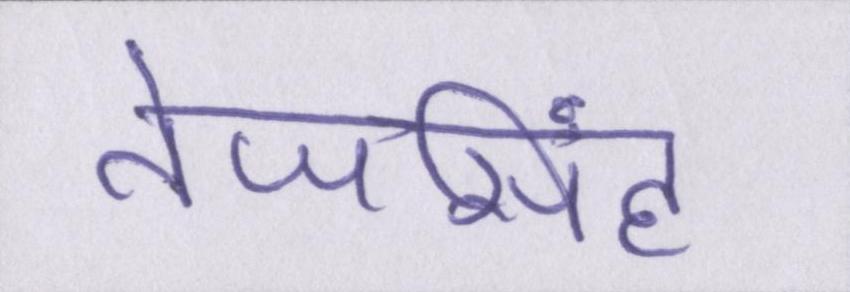
तेजसिंह